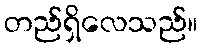
တည်ရှိလေသည်။